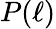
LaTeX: P(\ell)